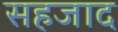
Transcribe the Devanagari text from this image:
सहजाद